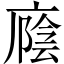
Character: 廕